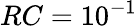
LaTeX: RC=10^{-1}